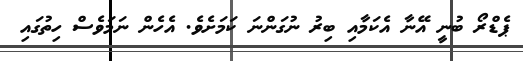
ޕެޑްރޯ ބުނީ އޭނާ އެކަމާއި ބިރު ނުގަންނަ ކަމަށެވެ. އެހެން ނަމަވެސް ހިތުގައި